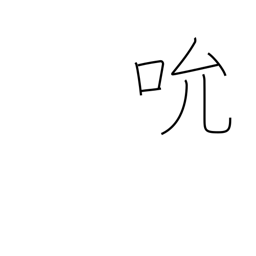
Meaning: suck